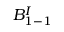
B _ { 1 - 1 } ^ { I }